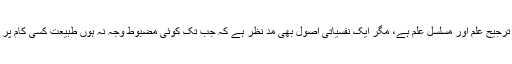
یقینا میری پہلی ترجیح علم اور مسلسل علم ہے، مگر ایک نفسیاتی اصول بھی مد نظر ہے کہ جب تک کوئی مضبوط وجہ نہ ہوں طبیعت کسی کام پر مائل نہیں ہوتی۔